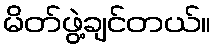
မိတ်ဖွဲ့ချင်တယ်။